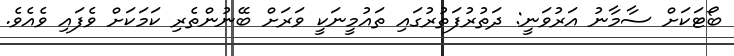
ބޯޓަކަށް ސާމާނު އަރުވަނީ: ދަތުރުފަތުރުގައި ތައުމީނަކީ ވަރަށް ބޭނުންތެރި ކަމަކަށް ވެފައި ވެއެވެ.